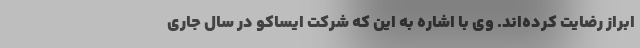
ابراز رضایت کرده‌اند. وی با اشاره به این که شرکت ایساکو در سال جاری